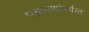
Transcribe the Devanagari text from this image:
भक्तगणांपर्यन्त